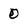
Character: 0